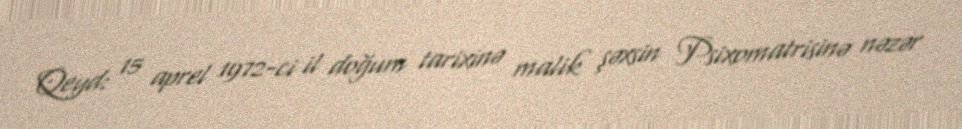
Qeyd: 15 aprel 1972-ci il doğum tarixinə malik şəxsin Psixomatrisinə nəzər